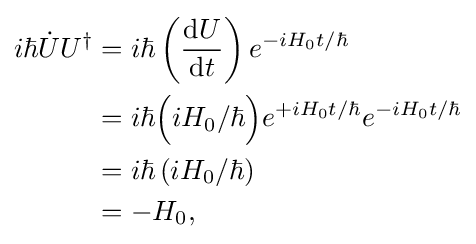
{\begin{aligned}i\hbar {\dot {U}}U^{\dagger }&=i\hbar \left({\operatorname {d} \!U \over \operatorname {d} \!t}\right)e^{-iH_{0}t/\hbar }\\&=i\hbar {\Big (}iH_{0}/\hbar {\Big )}e^{+iH_{0}t/\hbar }e^{-iH_{0}t/\hbar }\\&=i\hbar \left({iH_{0}}/\hbar \right)\\&=-H_{0},\\\end{aligned}}